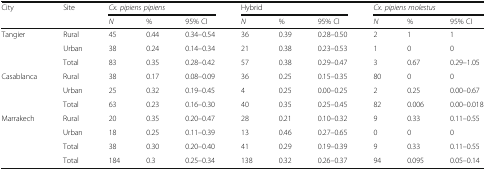
| <ROWSPAN=2> City | <ROWSPAN=2> Site | <COLSPAN=3> Cx. pipiens pipiens | <COLSPAN=3> Hybrid | <COLSPAN=3> Cx. pipiens molestus |
 | N | % | 95% CI | N | % | 95% CI | N | % | 95% CI |
 | --- | --- | --- | --- | --- | --- | --- | --- | --- | --- | --- |
 | <ROWSPAN=3> Tangier | Rural | 45 | 0.44 | 0.34–0.54 | 36 | 0.39 | 0.28–0.50 | 2 | 1 | 1 |
 | Urban | 38 | 0.24 | 0.14–0.34 | 21 | 0.38 | 0.23–0.53 | 1 | 0 | 0 |
 | Total | 83 | 0.35 | 0.28–0.42 | 57 | 0.38 | 0.29–0.47 | 3 | 0.67 | 0.29–1.05 |
 | <ROWSPAN=3> Casablanca | Rural | 38 | 0.17 | 0.08–0.09 | 36 | 0.25 | 0.15–0.35 | 80 | 0 | 0 |
 | Urban | 25 | 0.32 | 0.19–0.45 | 4 | 0.25 | 0.00–0.25 | 2 | 0.25 | 0.00–0.67 |
 | Total | 63 | 0.23 | 0.16–0.30 | 40 | 0.35 | 0.25–0.45 | 82 | 0.006 | 0.00–0.018 |
 | <ROWSPAN=4> Marrakech | Rural | 20 | 0.35 | 0.20–0.47 | 28 | 0.21 | 0.10–0.32 | 9 | 0.33 | 0.11–0.55 |
 | Urban | 18 | 0.25 | 0.11–0.39 | 13 | 0.46 | 0.27–0.65 | 0 | 0 | 0 |
 | Total | 38 | 0.30 | 0.20–0.40 | 41 | 0.29 | 0.19–0.39 | 9 | 0.33 | 0.11–0.55 |
 | Total | 184 | 0.3 | 0.25–0.34 | 138 | 0.32 | 0.26–0.37 | 94 | 0.095 | 0.05–0.14 |